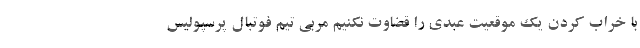
با خراب کردن یک موقعیت عبدی را قضاوت نکنیم مربی تیم فوتبال پرسپولیس